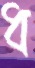
ধ